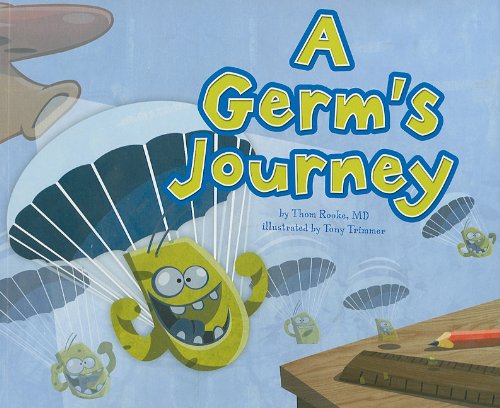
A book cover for A Germ's Journey (Follow It!); M.D., Thom Rooke; Children's Books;